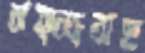
মত্স্যসহ